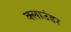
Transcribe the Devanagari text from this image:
क्लाउंडर